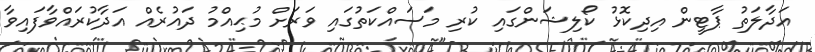
އަދާލަތު ޕާޓީން އިދިކޮޅު ކޯލިޝަންގައި ކުރި މަސައްކަތުގައި ވަރަށް މުޙިއްމު ދައުރެއް އަދާކުރައްވާފައިވާ